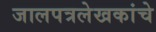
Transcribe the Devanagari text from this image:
जालपत्रलेखकांचे